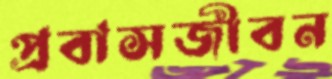
প্রবাসজীবন